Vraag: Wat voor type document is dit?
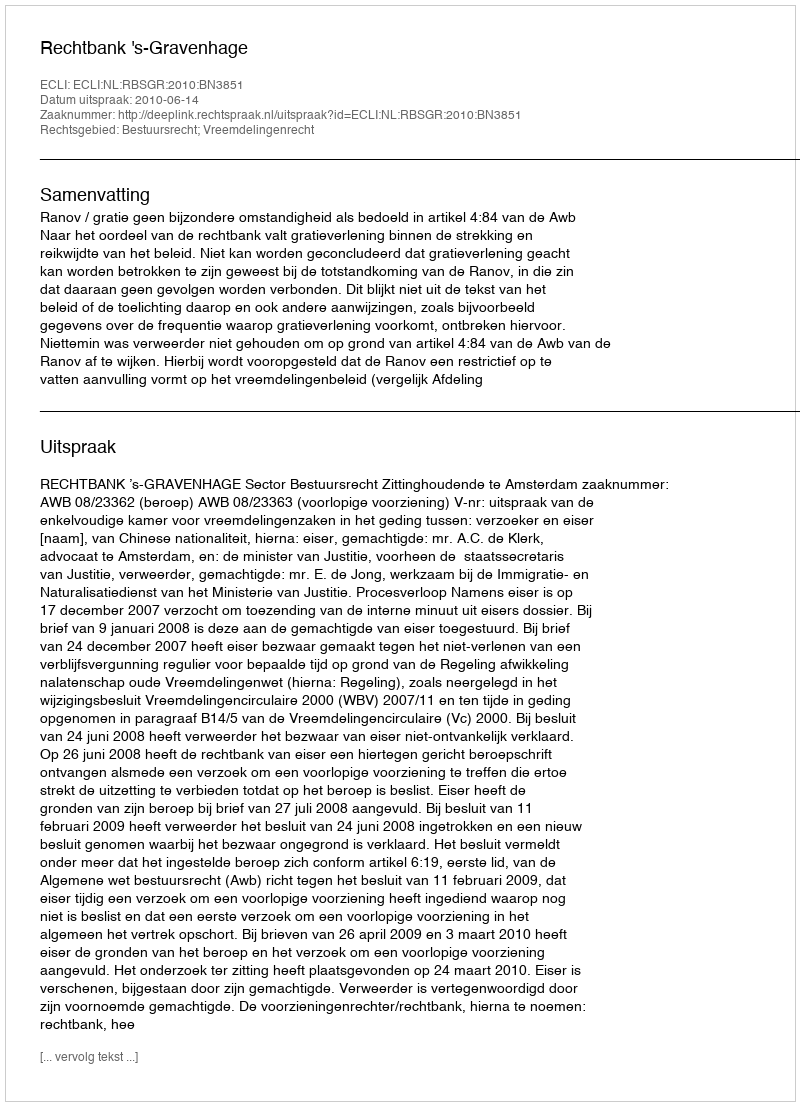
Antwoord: Uitspraak